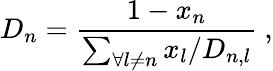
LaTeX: D_{n}=\frac{1-x_{n}}{\sum_{\forall l\neq n}x_{l}/D_{n,l}}\ ,